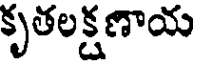
కృతలక్షణాయ